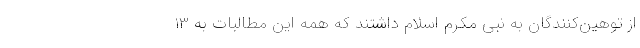
از توهین‌کنندگان به نبی مکرم اسلام داشتند که همه این مطالبات به ۱۳